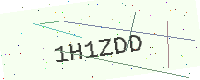
Text: 1H1ZDD